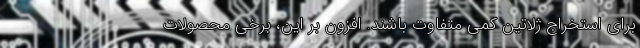
برای استخراج ژلاتین کمی متفاوت باشند. افزون بر این، برخی محصولات